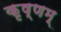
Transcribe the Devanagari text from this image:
कृष्णम्